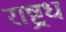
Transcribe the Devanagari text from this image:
राष्ट्रध